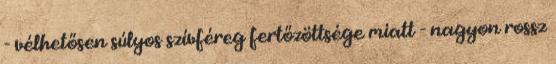
- vélhetősen súlyos szívféreg fertőzöttsége miatt - nagyon rossz